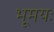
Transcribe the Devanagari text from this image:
भूमयः